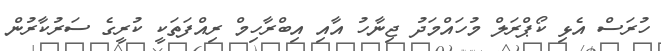
ހުރަސް އެޅި ކޯޕްރަލް މުހައްމަދު ޖިނާހު އާއި އިބްރާހިމް ރިއްފަތަކީ ކުރީގެ ސަރުކާރުން